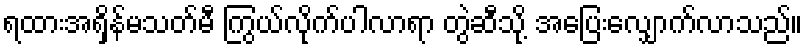
ရထားအရှိန်မသတ်မီ ကြွယ်လိုက်ပါလာရာ တွဲဆီသို့ အပြေးလျှောက်လာသည်။